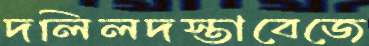
দলিলদস্তাবেজে